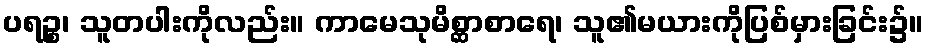
ပရဉ္စ၊ သူတပါးကိုလည်း။ ကာမေသုမိစ္ဆာစာရေ၊ သူ၏မယားကိုပြစ်မှားခြင်း၌။